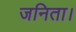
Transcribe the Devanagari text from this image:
जनिता।